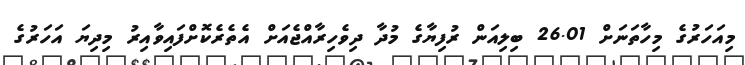
މިއަހަރުގެ މިހާތަނަށް 26.01 ބިލިއަން ރުފިޔާގެ މުދާ ދިވެހިރާއްޖެއަށް އެތެރެކޮށްފައިވާއިރު މިދިޔަ އަހަރުގެ